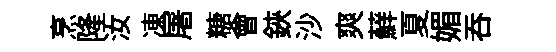
烹隆汝凍屠糖會鋏沙爽蘚夏媚吞